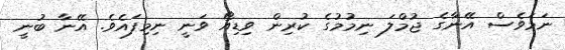
ނަމަވެސް އޭނާގެ ޖުމްލަ ނިމުުމުގެ ކުރިން ވިޑިއޯ ވަނީ ނިމިފައެވެ. އޭނާ ބުނީ